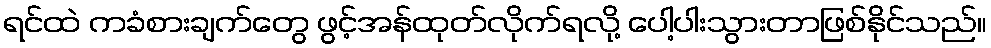
ရင်ထဲ ကခံစားချက်တွေ ဖွင့်အန်ထုတ်လိုက်ရလို့ ပေါ့ပါးသွားတာဖြစ်နိုင်သည်။